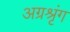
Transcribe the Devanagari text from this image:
अग्रश्रृंग